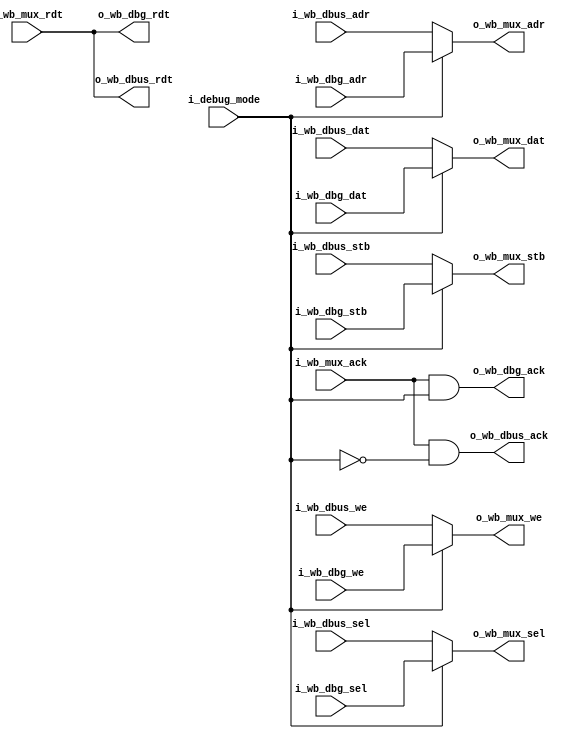
/*
 * subservient_debug_switch.v : Wishbone debug switch for subservient SoC
 *
 * SPDX-FileCopyrightText: 2021 Olof Kindgren <olof.kindgren@gmail.com>
 * SPDX-License-Identifier: Apache-2.0
 */

module subservient_debug_switch
  (//Debug selector
   input wire 	      i_debug_mode,

   //Debug interface
   input wire [31:0]  i_wb_dbg_adr,
   input wire [31:0]  i_wb_dbg_dat,
   input wire [3:0]   i_wb_dbg_sel,
   input wire 	      i_wb_dbg_we,
   input wire 	      i_wb_dbg_stb,
   output wire [31:0] o_wb_dbg_rdt,
   output wire 	      o_wb_dbg_ack,

   //Data bus interface towards CPU
   input wire [31:0]  i_wb_dbus_adr,
   input wire [31:0]  i_wb_dbus_dat,
   input wire [3:0]   i_wb_dbus_sel,
   input wire 	      i_wb_dbus_we,
   input wire 	      i_wb_dbus_stb,
   output wire [31:0] o_wb_dbus_rdt,
   output wire 	      o_wb_dbus_ack,

   //Data bus interface towards memory/peripherals
   output wire [31:0] o_wb_mux_adr,
   output wire [31:0] o_wb_mux_dat,
   output wire [3:0]  o_wb_mux_sel,
   output wire 	      o_wb_mux_we,
   output wire 	      o_wb_mux_stb,
   input wire [31:0]  i_wb_mux_rdt,
   input wire 	      i_wb_mux_ack);

   assign o_wb_dbg_rdt  = i_wb_mux_rdt;
   assign o_wb_dbg_ack  = i_wb_mux_ack & i_debug_mode;

   assign o_wb_dbus_rdt = i_wb_mux_rdt;
   assign o_wb_dbus_ack = i_wb_mux_ack & !i_debug_mode;

   assign o_wb_mux_adr = i_debug_mode ? i_wb_dbg_adr : i_wb_dbus_adr;
   assign o_wb_mux_dat = i_debug_mode ? i_wb_dbg_dat : i_wb_dbus_dat;
   assign o_wb_mux_sel = i_debug_mode ? i_wb_dbg_sel : i_wb_dbus_sel;
   assign o_wb_mux_we  = i_debug_mode ? i_wb_dbg_we  : i_wb_dbus_we ;
   assign o_wb_mux_stb = i_debug_mode ? i_wb_dbg_stb : i_wb_dbus_stb;


endmodule